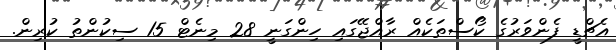
އެޗްޑީ ފެންވަރުގެ ކޯސްތަކެއް ރާއްޖޭގައި ހިންގަނީ 28 މިނެޓް 15 ސިކުންތު ކުރިން.